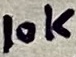
Text: 10K